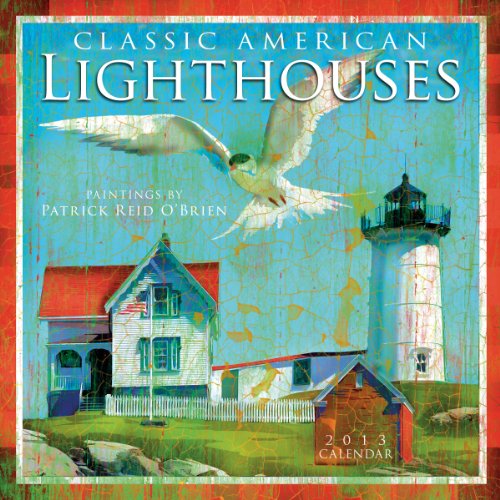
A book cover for Classic American Lighthouses 2013 Wall (calendar); Patrick O'Brien; Calendars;